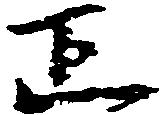
正